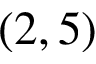
( 2 , 5 )